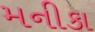
મનીકા